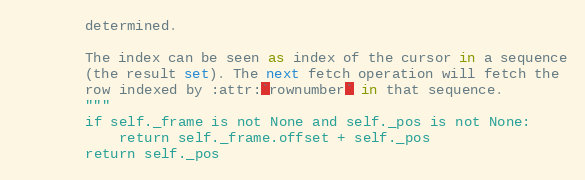
Language: Python
        determined.

        The index can be seen as index of the cursor in a sequence
        (the result set). The next fetch operation will fetch the
        row indexed by :attr:`rownumber` in that sequence.
        """
        if self._frame is not None and self._pos is not None:
            return self._frame.offset + self._pos
        return self._pos